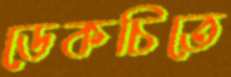
ডেকচিতে